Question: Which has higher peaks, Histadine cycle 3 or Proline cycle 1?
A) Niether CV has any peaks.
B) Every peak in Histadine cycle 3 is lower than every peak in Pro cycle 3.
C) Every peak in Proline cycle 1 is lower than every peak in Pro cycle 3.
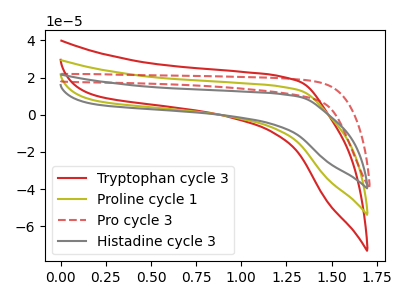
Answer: <think>The red curve "Tryptophan cycle 3" has no peaks. The olive curve "Proline cycle 1" has no peaks. The red dashed curve "Pro cycle 3" has no peaks. The gray curve "Histadine cycle 3" has no peaks.</think>
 <answer>A) Niether CV has any peaks.</answer>
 <eval>A</eval>